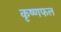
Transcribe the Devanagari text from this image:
कृष्णफल